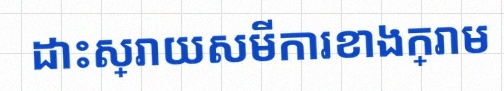
ដោះស្រាយសមីការខាងក្រោម